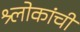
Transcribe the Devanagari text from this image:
श्र्लोकांची